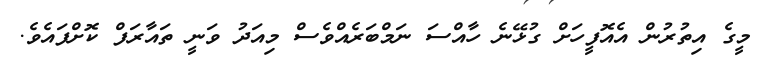
މީގެ އިތުރުން އެއޮފީހަށް ގުޅޭނެ ހާއްސަ ނަމްބަރެއްވެސް މިއަދު ވަނީ ތައާރަފް ކޮށްފައެވެ.